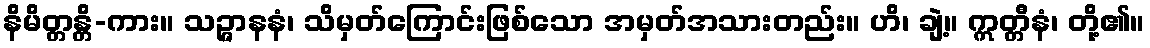
နိမိတ္တန္တိ-ကား။ သဉ္ဇာနနံ၊ သိမှတ်ကြောင်းဖြစ်သော အမှတ်အသားတည်း။ ဟိ၊ ချဲ့။ ဣတ္တီနံ၊ တို့၏။